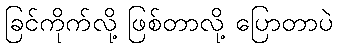
ခြင်ကိုက်လို့ ဖြစ်တာလို့ ပြောတာပဲ